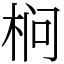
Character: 㭣